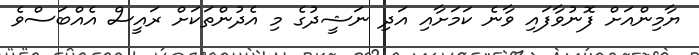
ޔާމިންއަށް ފޮނުވާފައި ވާނެ ކަމަށާއި އަދި ނަޝީދުގެ މި އެދުންތަކަށް ރައީސް އެއްބަސްވެ